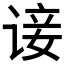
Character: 𫍭